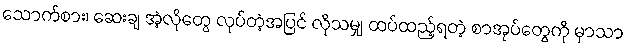
သောက်စား၊ ဆေးချ အဲ့လိုတွေ လုပ်တဲ့အပြင် လိုသမျှ ထပ်ထည့်ရတဲ့ စာအုပ်တွေကို မှာသာ